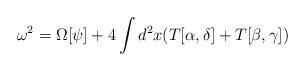
LaTeX: \begin{align*}\omega^2 = \Omega[\psi ] + 4 \int d^2x (T[\alpha ,\delta ] + T[\beta , \gamma ])\end{align*}